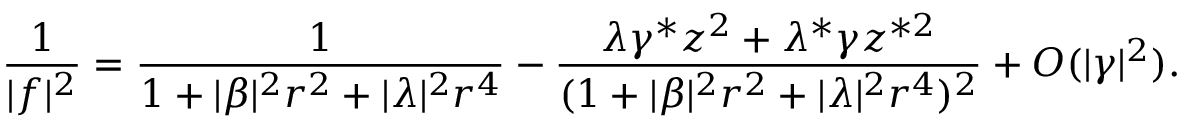
\frac { 1 } { | f | ^ { 2 } } = \frac { 1 } { 1 + | \beta | ^ { 2 } r ^ { 2 } + | \lambda | ^ { 2 } r ^ { 4 } } - \frac { \lambda \gamma ^ { * } z ^ { 2 } + \lambda ^ { * } \gamma z ^ { * 2 } } { ( 1 + | \beta | ^ { 2 } r ^ { 2 } + | \lambda | ^ { 2 } r ^ { 4 } ) ^ { 2 } } + O ( \vert \gamma \vert ^ { 2 } ) .